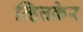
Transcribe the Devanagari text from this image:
व्हित्तकेर